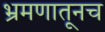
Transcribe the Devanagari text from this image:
भ्रमणातूनच